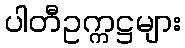
ပါတီဥက္ကဋ္ဌများ